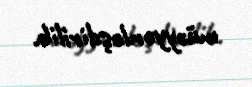
müəyyənləşdirilib.